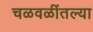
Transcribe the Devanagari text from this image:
चळवळींतल्या